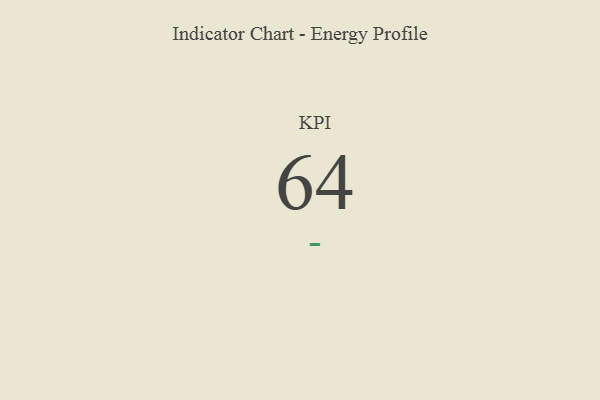
{"axis": {"x": "KPI", "y": "Value"}, "legend": [""], "data": [{"x": "KPI", "y": 64, "type": ""}]}